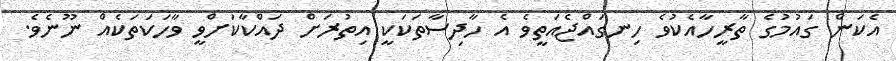
އެކަން ގައުމުގެ ތާރީހާއެކުވެ ހިނގައްޖެއަތީވެ އެ ހާދިސާތަކަކީ އިތުރަށް ދައްކާކަށްވީ ވާހަކަތަކެއް ނޫނެވެ.